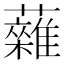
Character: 䕹